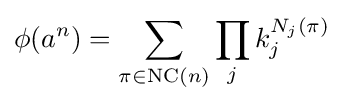
\phi (a^{n})=\sum _{\pi \in {\text{NC}}(n)}\prod _{j}k_{j}^{N_{j}(\pi )}